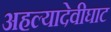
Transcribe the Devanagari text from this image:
अहल्यादेवीघाट